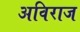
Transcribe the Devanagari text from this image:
अविराज